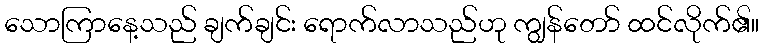
သောကြာနေ့သည် ချက်ချင်း ရောက်လာသည်ဟု ကျွန်တော် ထင်လိုက်၏။